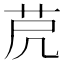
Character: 𦭀